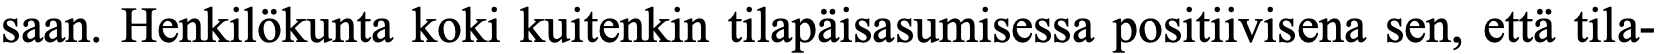
saan. Henkilökunta koki kuitenkin tilapäisasumisessa positiivisena sen, että tila-